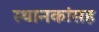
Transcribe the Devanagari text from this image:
स्थानकांसह